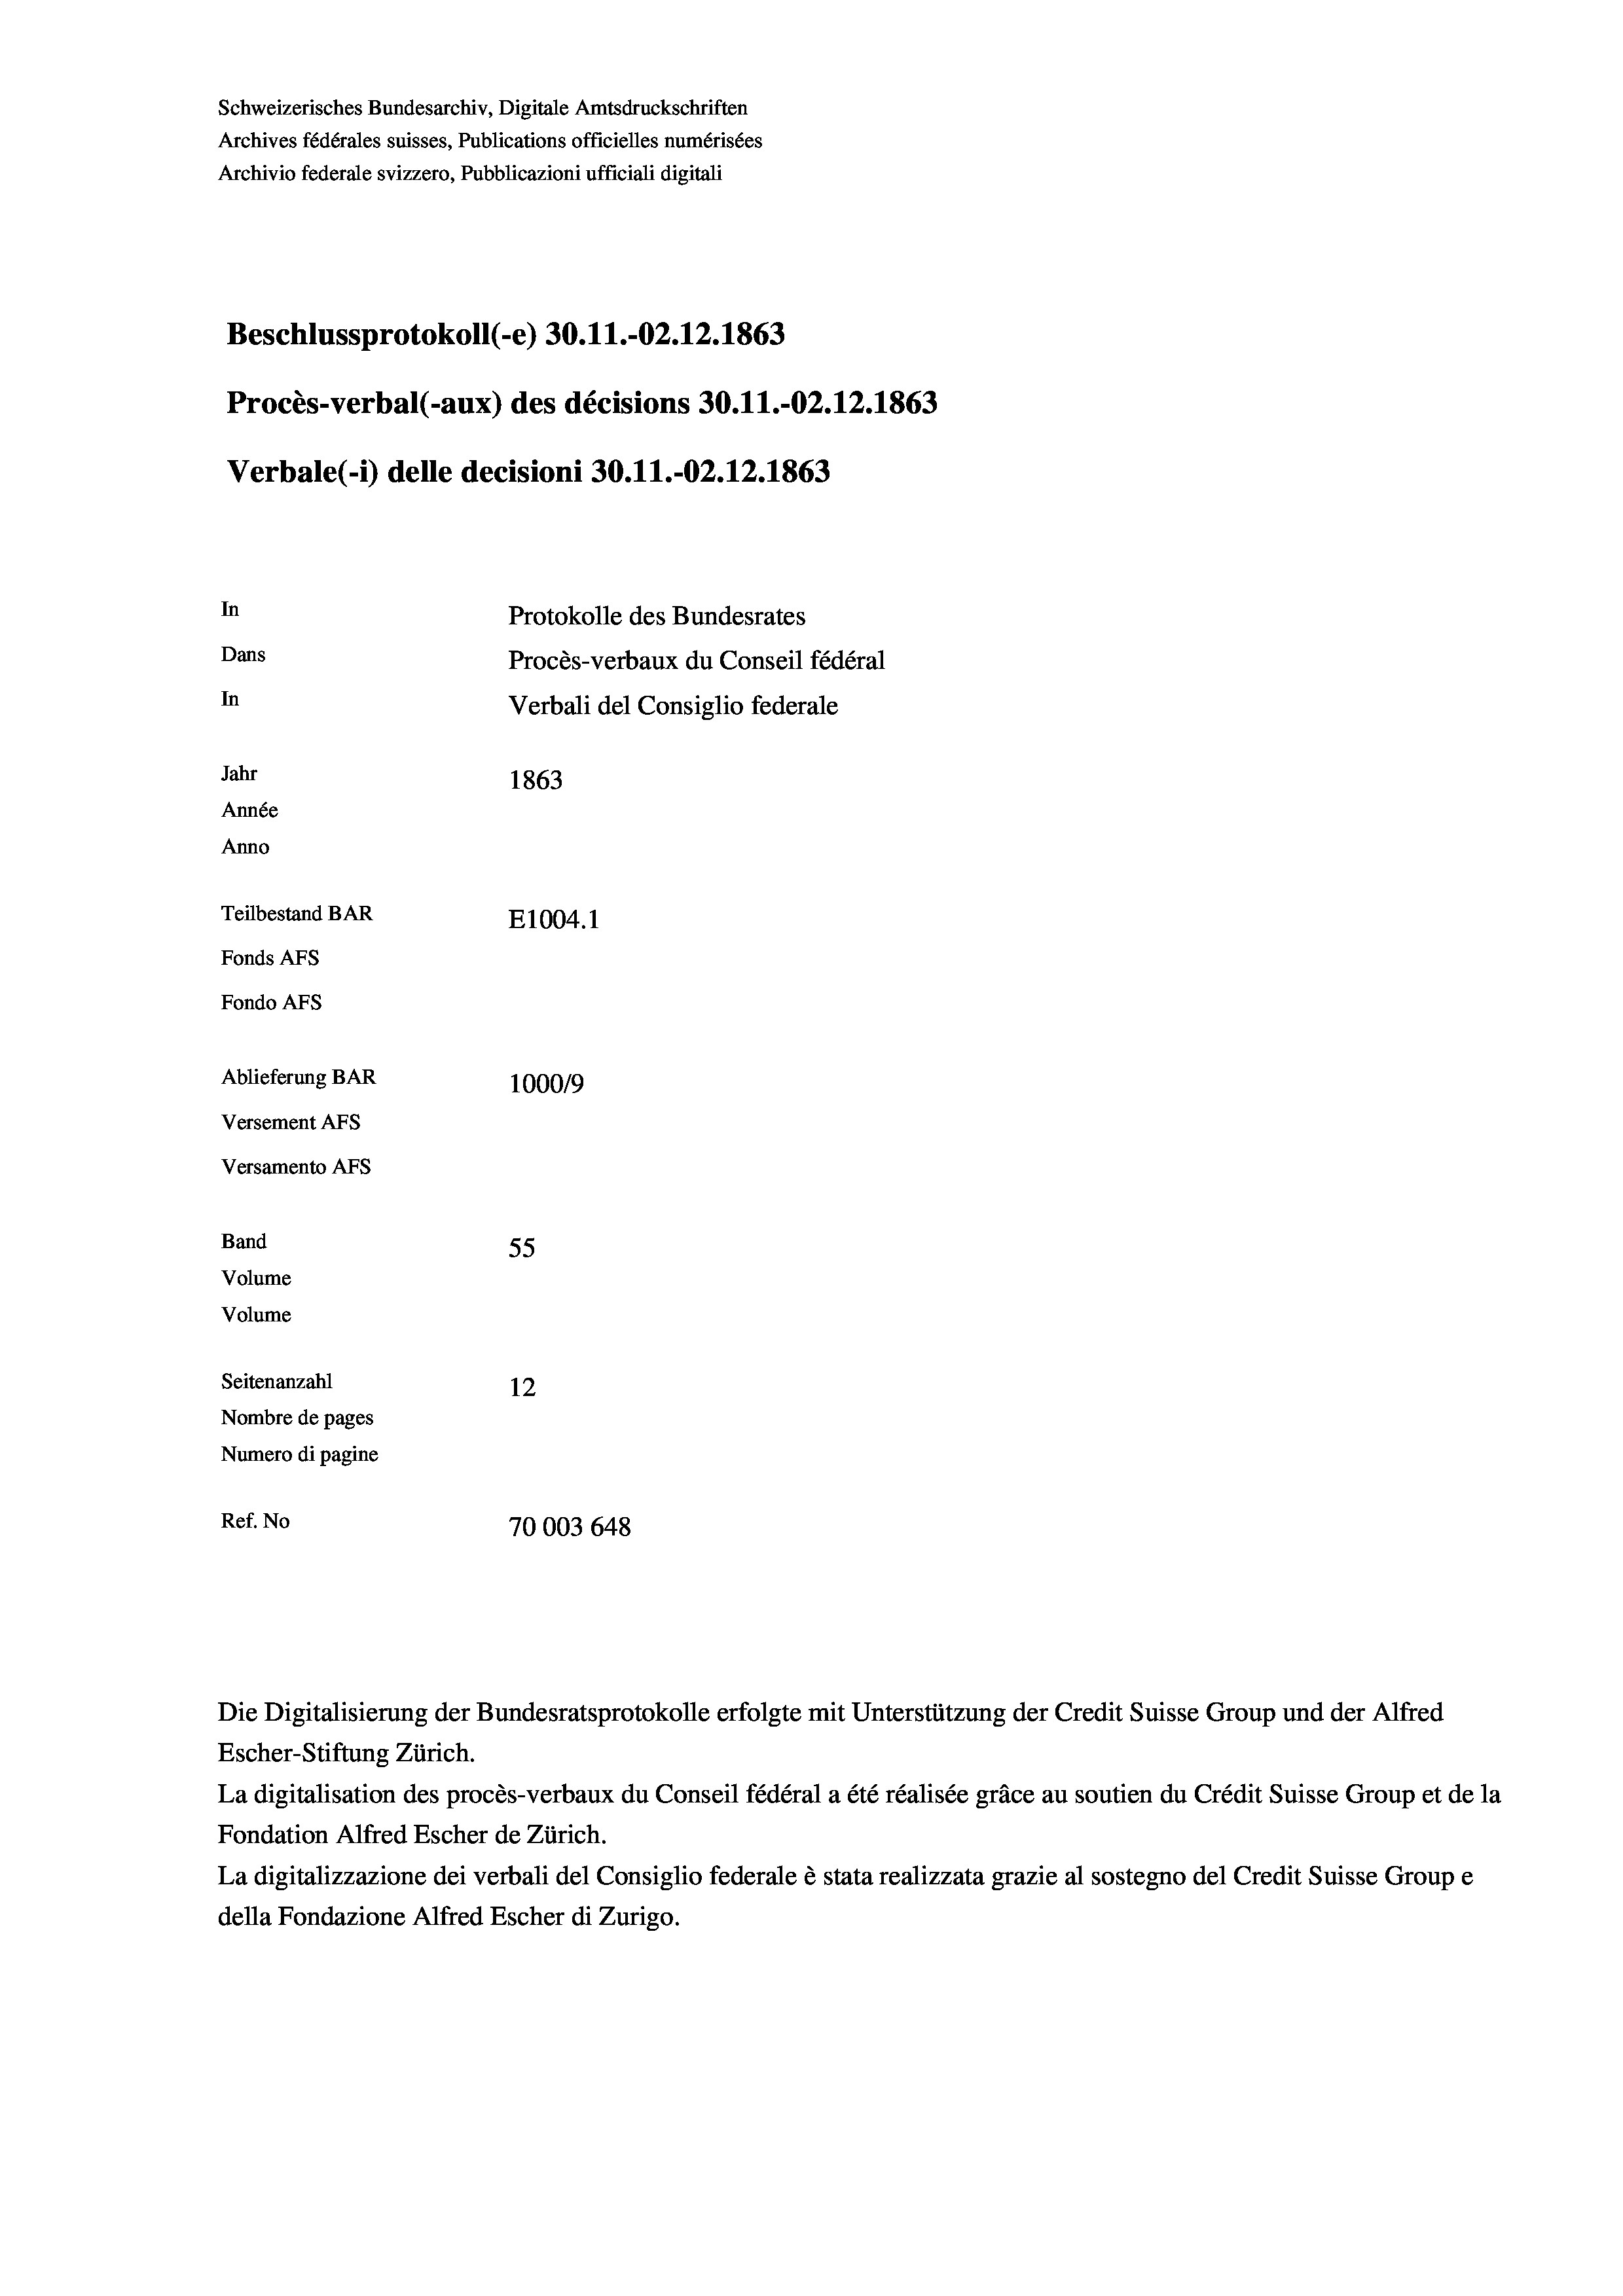
Schweizerisches Bundesarchiv, Digitale Amtsdruckschriften
Archives fédérales suisses, Publications officielles numérisées
Archivio federale svizzero, Pubblicazioni ufficiali digitali
Beschlussprotokoll (-e) 30.11.-02. 12. 1863
Procès-verbal (-aux) des décisions 30.11.-O2.12.1863
Verbale(-*) delle decisioni 30.11.-02. 12. 1863
In
Protokolle des Bundesrates
Dans
Procès-verbaux du Conseil fédéral
In
Verbali del Consiglio federale
Jahr
1863
Année
Anno
Teilbestand BAR
E1004.1
Fonds AFs
Fondo AFs
Ablieferung BAR
1000/9
Versement As

Versamento AFs
Band
Volume
Volume

55
Seitenanzahl
12
Nombre de pages
Numero di pagine
Ref. No
70003 648

Escher-Stiftung Zürich.
La digitalisation des procès-verbaux du Conseil fédéral a été réalisée gräce au soutien du Crédit Suisse Group et de la
Fondation Alfred Escher de Zürich.
La digitalizzazione dei verbali del Consiglio federale è stata realizzata grazie al sostegno del Credit Suisse Groupe
della Fondazione Alfred Escher di Zurigo.

Die Digitalisierung der Bundesratsprotokolle erfolgte mit Unterstützung der Credit Suisse Group und der Alfred